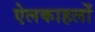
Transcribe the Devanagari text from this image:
ऐलकाहलों